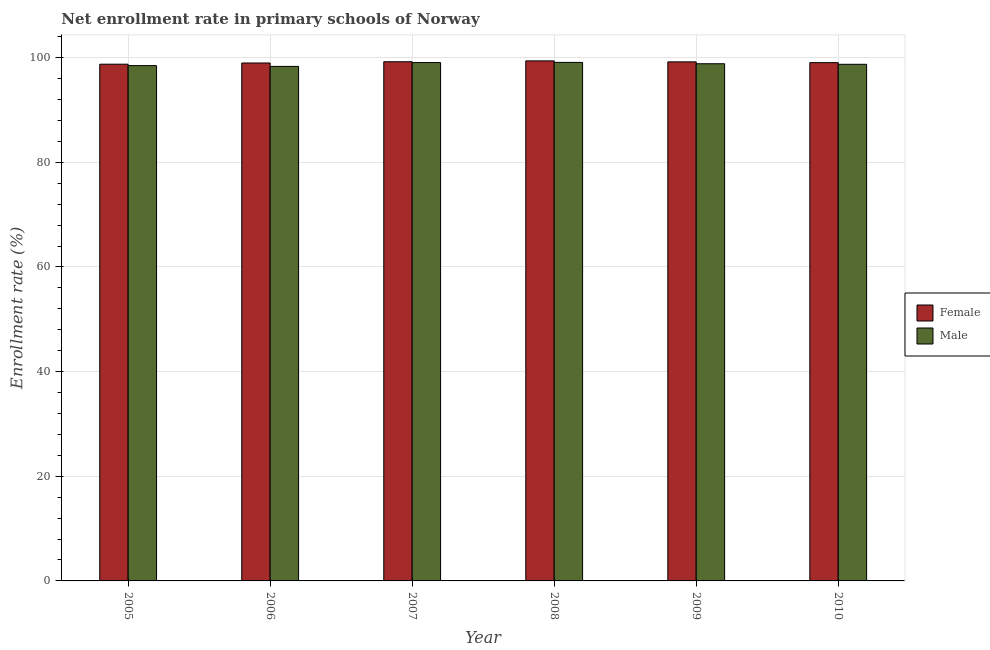
| Year | Female | Male |
 | --- | --- | --- |
 | 2005 | 98.7 | 98.5 |
 | 2006 | 99 | 98.3 |
 | 2007 | 99.2 | 99.1 |
 | 2008 | 99.4 | 99.1 |
 | 2009 | 99.2 | 98.8 |
 | 2010 | 99 | 98.7 |